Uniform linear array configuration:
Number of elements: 8
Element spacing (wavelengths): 0.5
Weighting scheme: binomial
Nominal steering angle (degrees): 30
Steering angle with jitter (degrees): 28.492
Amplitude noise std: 0.05
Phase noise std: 0.05

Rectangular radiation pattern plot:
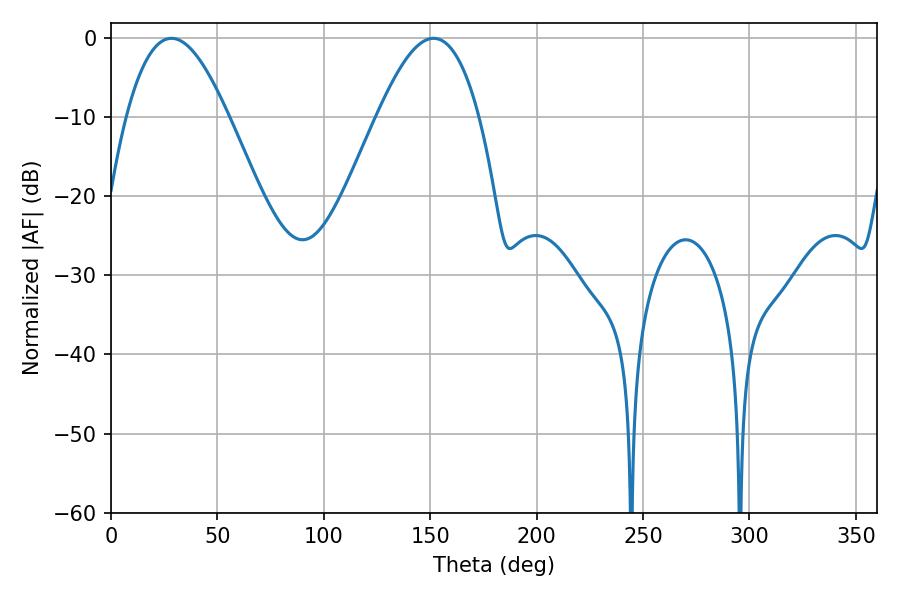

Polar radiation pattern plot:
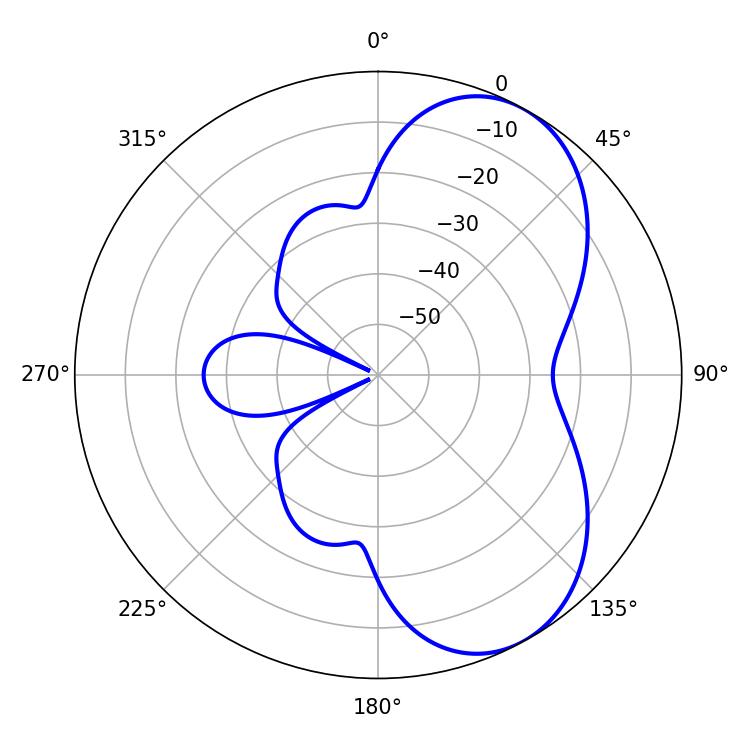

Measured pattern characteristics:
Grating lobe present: FALSE
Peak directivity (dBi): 6.123
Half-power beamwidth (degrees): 26.1
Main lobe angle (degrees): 28.44